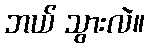
ဘယ် သွားလဲ။